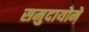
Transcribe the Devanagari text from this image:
समुदायोमे